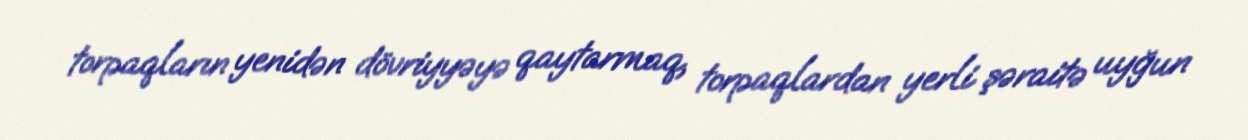
torpaqların yenidən dövriyyəyə qaytarmaq, torpaqlardan yerli şəraitə uyğun